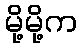
မို့မို့က